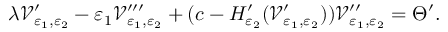
\lambda { \mathcal V } _ { { \varepsilon } _ { 1 } , { \varepsilon } _ { 2 } } ^ { \prime } - { \varepsilon } _ { 1 } { \mathcal V } _ { { \varepsilon } _ { 1 } , { \varepsilon } _ { 2 } } ^ { \prime \prime \prime } + ( c - H _ { { \varepsilon } _ { 2 } } ^ { \prime } ( { \mathcal V } _ { { \varepsilon } _ { 1 } , { \varepsilon } _ { 2 } } ^ { \prime } ) ) { \mathcal V } _ { { \varepsilon } _ { 1 } , { \varepsilon } _ { 2 } } ^ { \prime \prime } = { \Theta } ^ { \prime } .